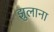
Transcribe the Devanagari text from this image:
झुलाना